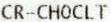
CR-CHOCLT